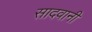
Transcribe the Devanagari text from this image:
सादवानी